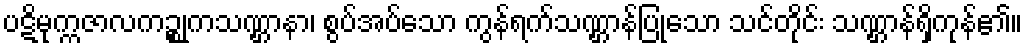
ပဋိမုက္ကဇာလကဉ္စုကသဏ္ဌာနာ၊ စွပ်အပ်သော ကွန်ရက်သဏ္ဌာန်ပြုသော သင်တိုင်း သဏ္ဌာန်ရှိကုန်၏။